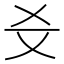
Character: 𤕜